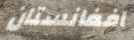
افغانستان